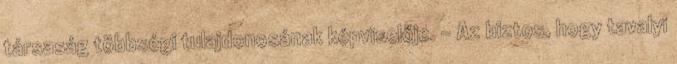
társaság többségi tulajdonosának képviselője. – Az biztos, hogy tavalyi